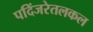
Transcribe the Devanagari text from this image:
पदिंजरेतलकल